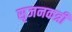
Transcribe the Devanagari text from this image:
सृजनकत्री